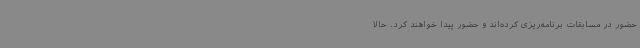
حضور در مسابقات برنامه‌ریزی کرده‌اند و حضور پیدا خواهند کرد. حالا